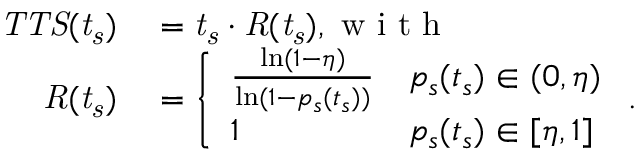
\begin{array} { r l } { \mathit { T T S ( t _ { s } ) } } & { { } = \mathit { t _ { s } } \cdot \mathit { R ( t _ { s } ) } , \mathrm { ~ w ~ i ~ t ~ h ~ } } \\ { \mathit { R ( t _ { s } ) } } & { { } = \left\{ \begin{array} { l l } { \frac { \ln ( 1 - \eta ) } { \ln ( 1 - p _ { s } ( t _ { s } ) ) } } & { p _ { s } ( t _ { s } ) \in ( 0 , \eta ) } \\ { 1 } & { p _ { s } ( t _ { s } ) \in [ \eta , 1 ] } \end{array} \right. . } \end{array}